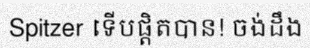
Spitzer ទើបផ្តិតបាន! ចង់ដឹង